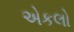
એકલો